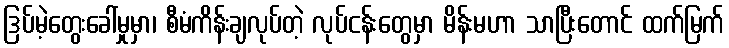
ဒြပ်မဲ့တွေးခေါ်မှုမှာ၊ စီမံကိန်းချလုပ်တဲ့ လုပ်ငန်းတွေမှာ မိန်းမဟာ သာပြီးတောင် ထက်မြက်